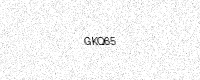
Text: GKQ65